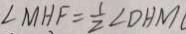
\angle M H F = \frac { 1 } { 2 } \angle D H M